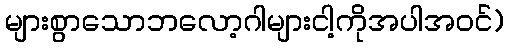
များစွာသောဘလော့ဂါများငါ့ကိုအပါအဝင်)